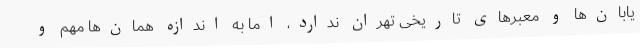
یابان‌ها و معبرهای تاریخی تهران ندارد، اما به اندازه همان‌ها مهم و